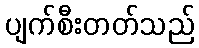
ပျက်စီးတတ်သည်